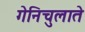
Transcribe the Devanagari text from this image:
गेनिचुलाते